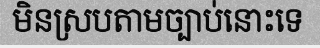
មិនស្របតាមច្បាប់នោះទេ